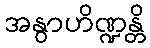
အနွာဟိဏ္ဍန္တိ